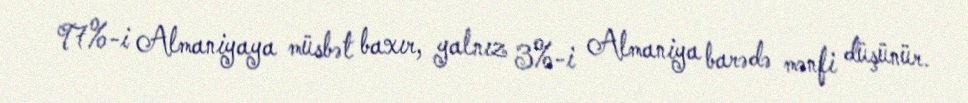
97%-i Almaniyaya müsbət baxır, yalnız 3%-i Almaniya barədə mənfi düşünür.